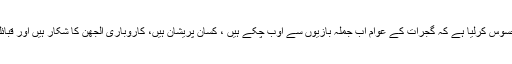
شاید پارٹی نے خود بھی محسوس کرلیا ہے کہ گجرات کے عوام اب جملہ بازیوں سے اوب چکے ہیں ، کسان پریشان ہیں، کاروباری الجھن کا شکار ہیں اور قبائلی حکومت سے مایوس ہیں۔